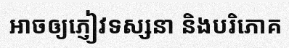
អាចឲ្យភ្ញៀវទស្សនា និងបរិភោគ